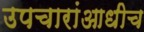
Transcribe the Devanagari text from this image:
उपचारांआधीच